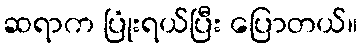
ဆရာက ပြုံးရယ်ပြီး ပြောတယ်။